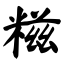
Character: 糍